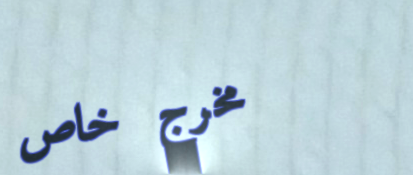
مخرج خاص